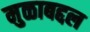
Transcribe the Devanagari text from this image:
मुळाबद्दल